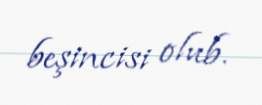
beşincisi olub.